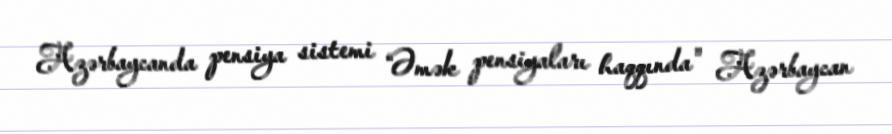
Azərbaycanda pensiya sistemi “Əmək pensiyaları haqqında" Azərbaycan